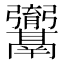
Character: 𮫚